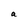
Character: a